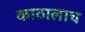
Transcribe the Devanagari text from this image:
काठालाच